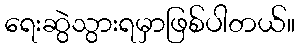
ရေးဆွဲသွားရမှာဖြစ်ပါတယ်။